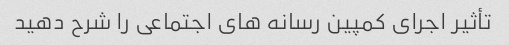
تأثیر اجرای کمپین رسانه های اجتماعی را شرح دهید